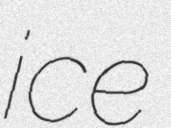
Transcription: ice